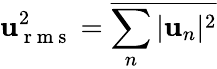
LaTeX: \mathbf{u}_{\mathrm{{~r~m~s~}}}^{2}=\overline{{{\sum_{n}|\mathbf{u}_{n}|^{2}}}}